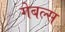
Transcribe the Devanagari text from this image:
गेबल्स